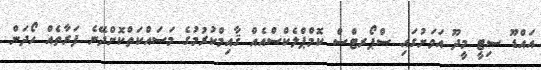
އައްޑޫ ސިޓީ މީދޫ އަވަށުގައި ސްޕޯރޓްސް ކޮމްޕްލެކްސްއެއް ޤާއިމްކުރުމުގެ މަސައްކަތްކޮށްދޭނެ ފަރާތެއް ހޯދަން